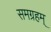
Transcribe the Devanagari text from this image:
समग्रहम्